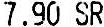
7.90 SR